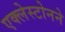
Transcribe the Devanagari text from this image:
एक्लेस्टोनने